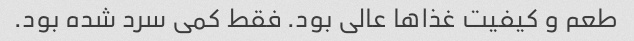
طعم و کیفیت غذاها عالی بود. فقط کمی سرد شده بود.